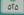
٥ ٢ ٥